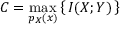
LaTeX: C = \operatorname* { m a x } _ { p _ { X } ( x ) } \left\{ \, I ( X ; Y ) \, \right\}